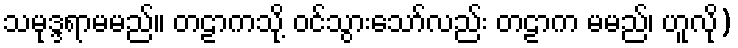
သမုဒ္ဒရာမမည်။ တဠာကသို့ ဝင်သွားသော်လည်း တဠာက မမည်၊ ဟူလို)